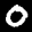
Label: 0